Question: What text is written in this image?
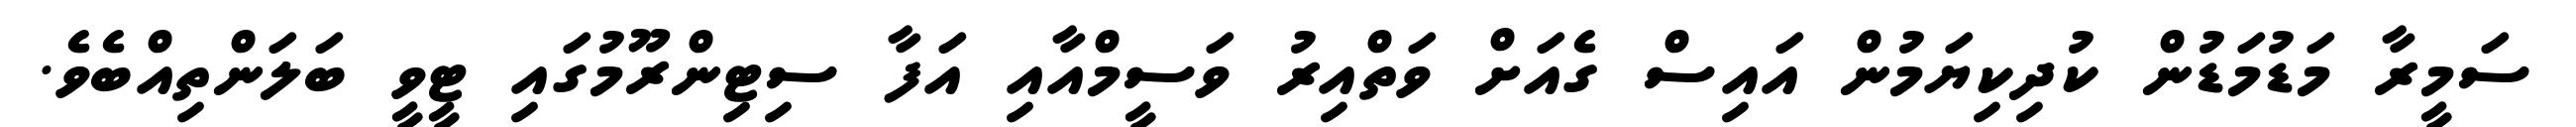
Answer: ސަމީރާ މަޑުމަޑުން ކުދިކިޔަމުން އައިސް ގެއަށް ވަތްއިރު ވަސީމްއާއި އަފާ ސިޓިންރޫމުގައި ޓީވީ ބަލަންތިއްބެވެ.